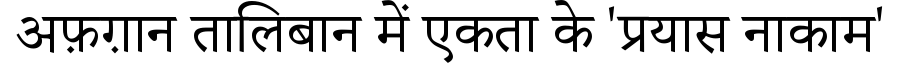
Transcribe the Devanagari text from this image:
अफ़ग़ान तालिबान में एकता के 'प्रयास नाकाम'